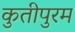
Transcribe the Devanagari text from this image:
कुतीपुरम